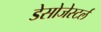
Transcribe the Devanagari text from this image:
डेसोजेस्टर्ल